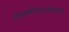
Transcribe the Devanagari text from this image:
असलेल्याओस्मानी